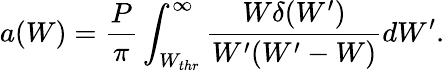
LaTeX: a(W)=\frac{P}{\pi}\int_{W_{thr}}^{\infty}\frac{W\delta(W^{\prime})}{W^{\prime}(W^{\prime}-W)}dW^{\prime}.